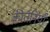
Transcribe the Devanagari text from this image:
कीर्तनियाँ